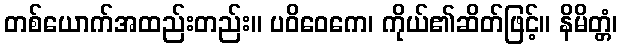
တစ်ယောက်အထည်းတည်း။ ပဝိဝေကေ၊ ကိုယ်၏ဆိတ်ဖြင့်။ နိမိတ္တံ၊